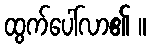
ထွက်ပေါ်လာ၏ ။